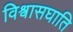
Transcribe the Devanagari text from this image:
विश्वासघाति